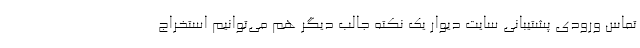
تماس ورودی پشتیبانی سایت دیوار یک نکته جالب دیگر هم می‌توانیم استخراج